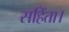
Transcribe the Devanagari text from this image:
सहिंता।